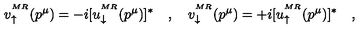
v _ { \uparrow } ^ { ^ { M R } } ( p ^ { \mu } ) = - i [ u _ { \downarrow } ^ { ^ { M R } } ( p ^ { \mu } ) ] ^ { \ast } \quad , \quad v _ { \downarrow } ^ { ^ { M R } } ( p ^ { \mu } ) = + i [ u _ { \uparrow } ^ { ^ { M R } } ( p ^ { \mu } ) ] ^ { \ast } \quad ,